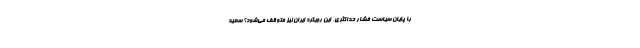
با پایان سیاست فشار حداکثری، این رویکرد ایران نیز متوقف می‌شود؟ سعید